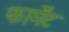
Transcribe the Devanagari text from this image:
फार्मेंट